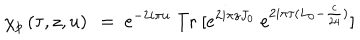
\chi _ { p } \left( \tau , z , u \right) ~ = ~ e ^ { - 2 i \pi u } \ \mathrm { T r } \ [ e ^ { 2 i \pi z J _ { 0 } } \ e ^ { 2 i \pi \tau ( L _ { 0 } - { \frac { c } { 2 4 } } ) } ]